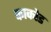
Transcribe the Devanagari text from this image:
काकोड